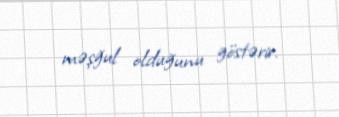
məşğul olduğunu göstərir.